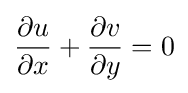
{\frac {\partial u}{\partial x}}+{\frac {\partial v}{\partial y}}=0